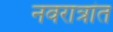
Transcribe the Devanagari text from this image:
नवरात्रांत